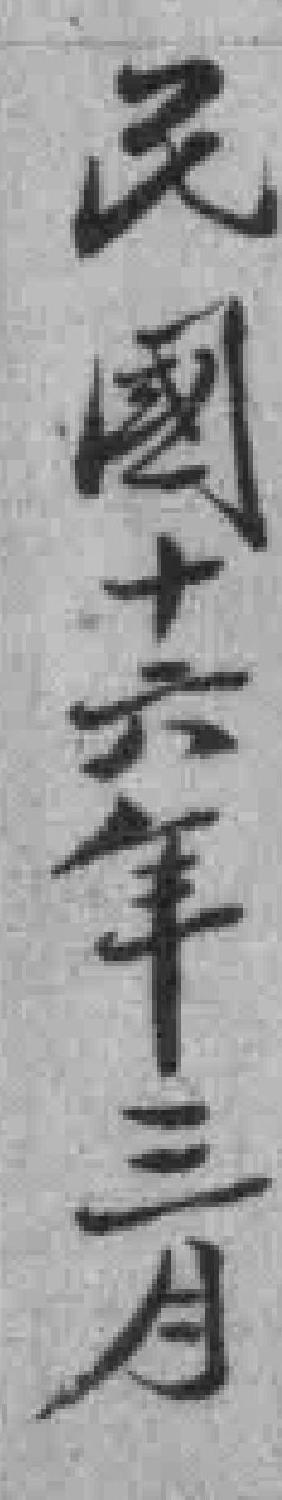
民國十六年三月